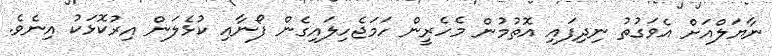
ނާޔަލްއަށް އެވަގުތު ނިދިފައި އޮތުމުން މެހެރީން ހަމަޖެހިލައިގެން ފޯނާއި ކުޅެލަން އިރުކޮޅަކު އިނެވެ.